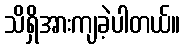
သိရှိအားကျခဲ့ပါတယ်။